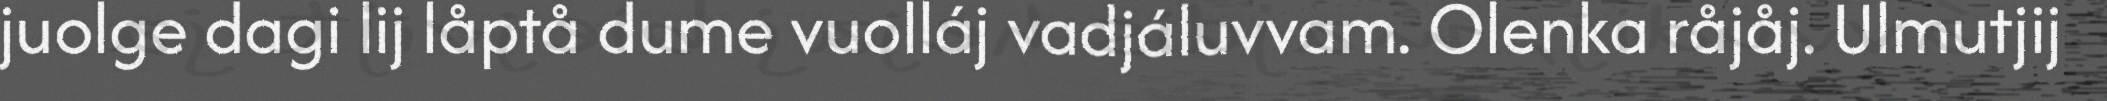
juolge dagi lij låptå dume vuolláj vadjáluvvam. Olenka råjåj. Ulmutjij